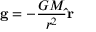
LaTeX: \mathbf { g } = - { \frac { G M } { r ^ { 2 } } } \mathbf { \hat { r } }